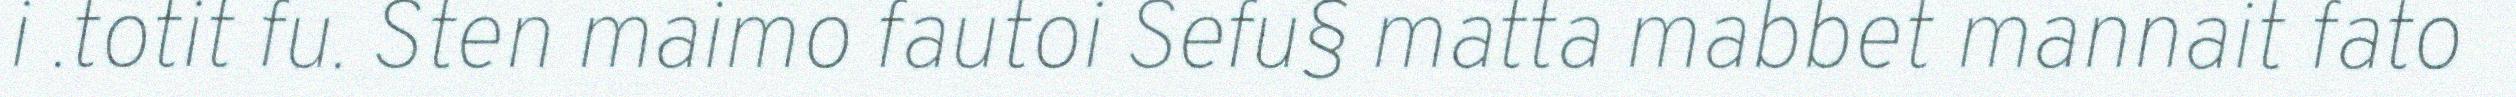
i .totit fu. Sten maimo fautoi Sefu§ matta mabbet mannait fato